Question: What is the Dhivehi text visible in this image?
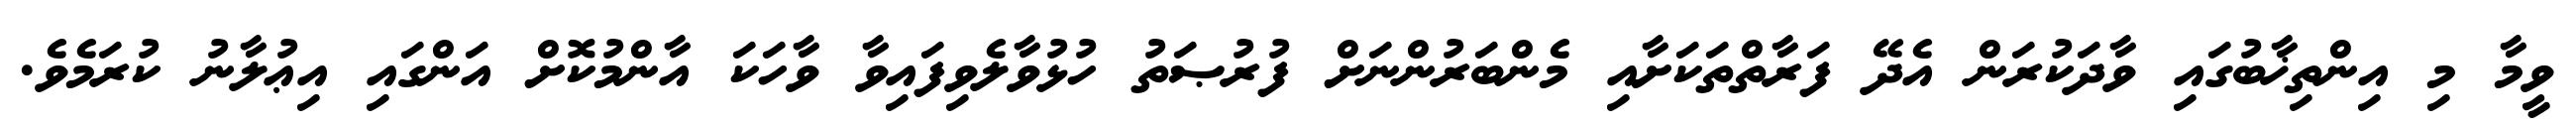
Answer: ވީމާ މި އިންތިޚާބުގައި ވާދަކުރަން އެދޭ ފަރާތްތަކަށާއި މެންބަރުންނަށް ފުރުޞަތު ހުޅުވާލެވިފައިވާ ވާހަކަ އާންމުކޮށް އަންގައި އިޢުލާނު ކުރަމެވެ.